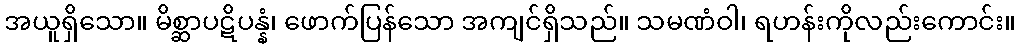
အယူရှိသော။ မိစ္ဆာပဋိပန္နံ၊ ဖောက်ပြန်သော အကျင်ရှိသည်။ သမဏံဝါ၊ ရဟန်းကိုလည်းကောင်း။